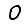
Digit: 0